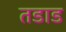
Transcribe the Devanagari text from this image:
तडाड